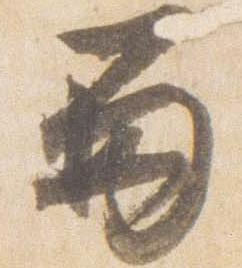
留